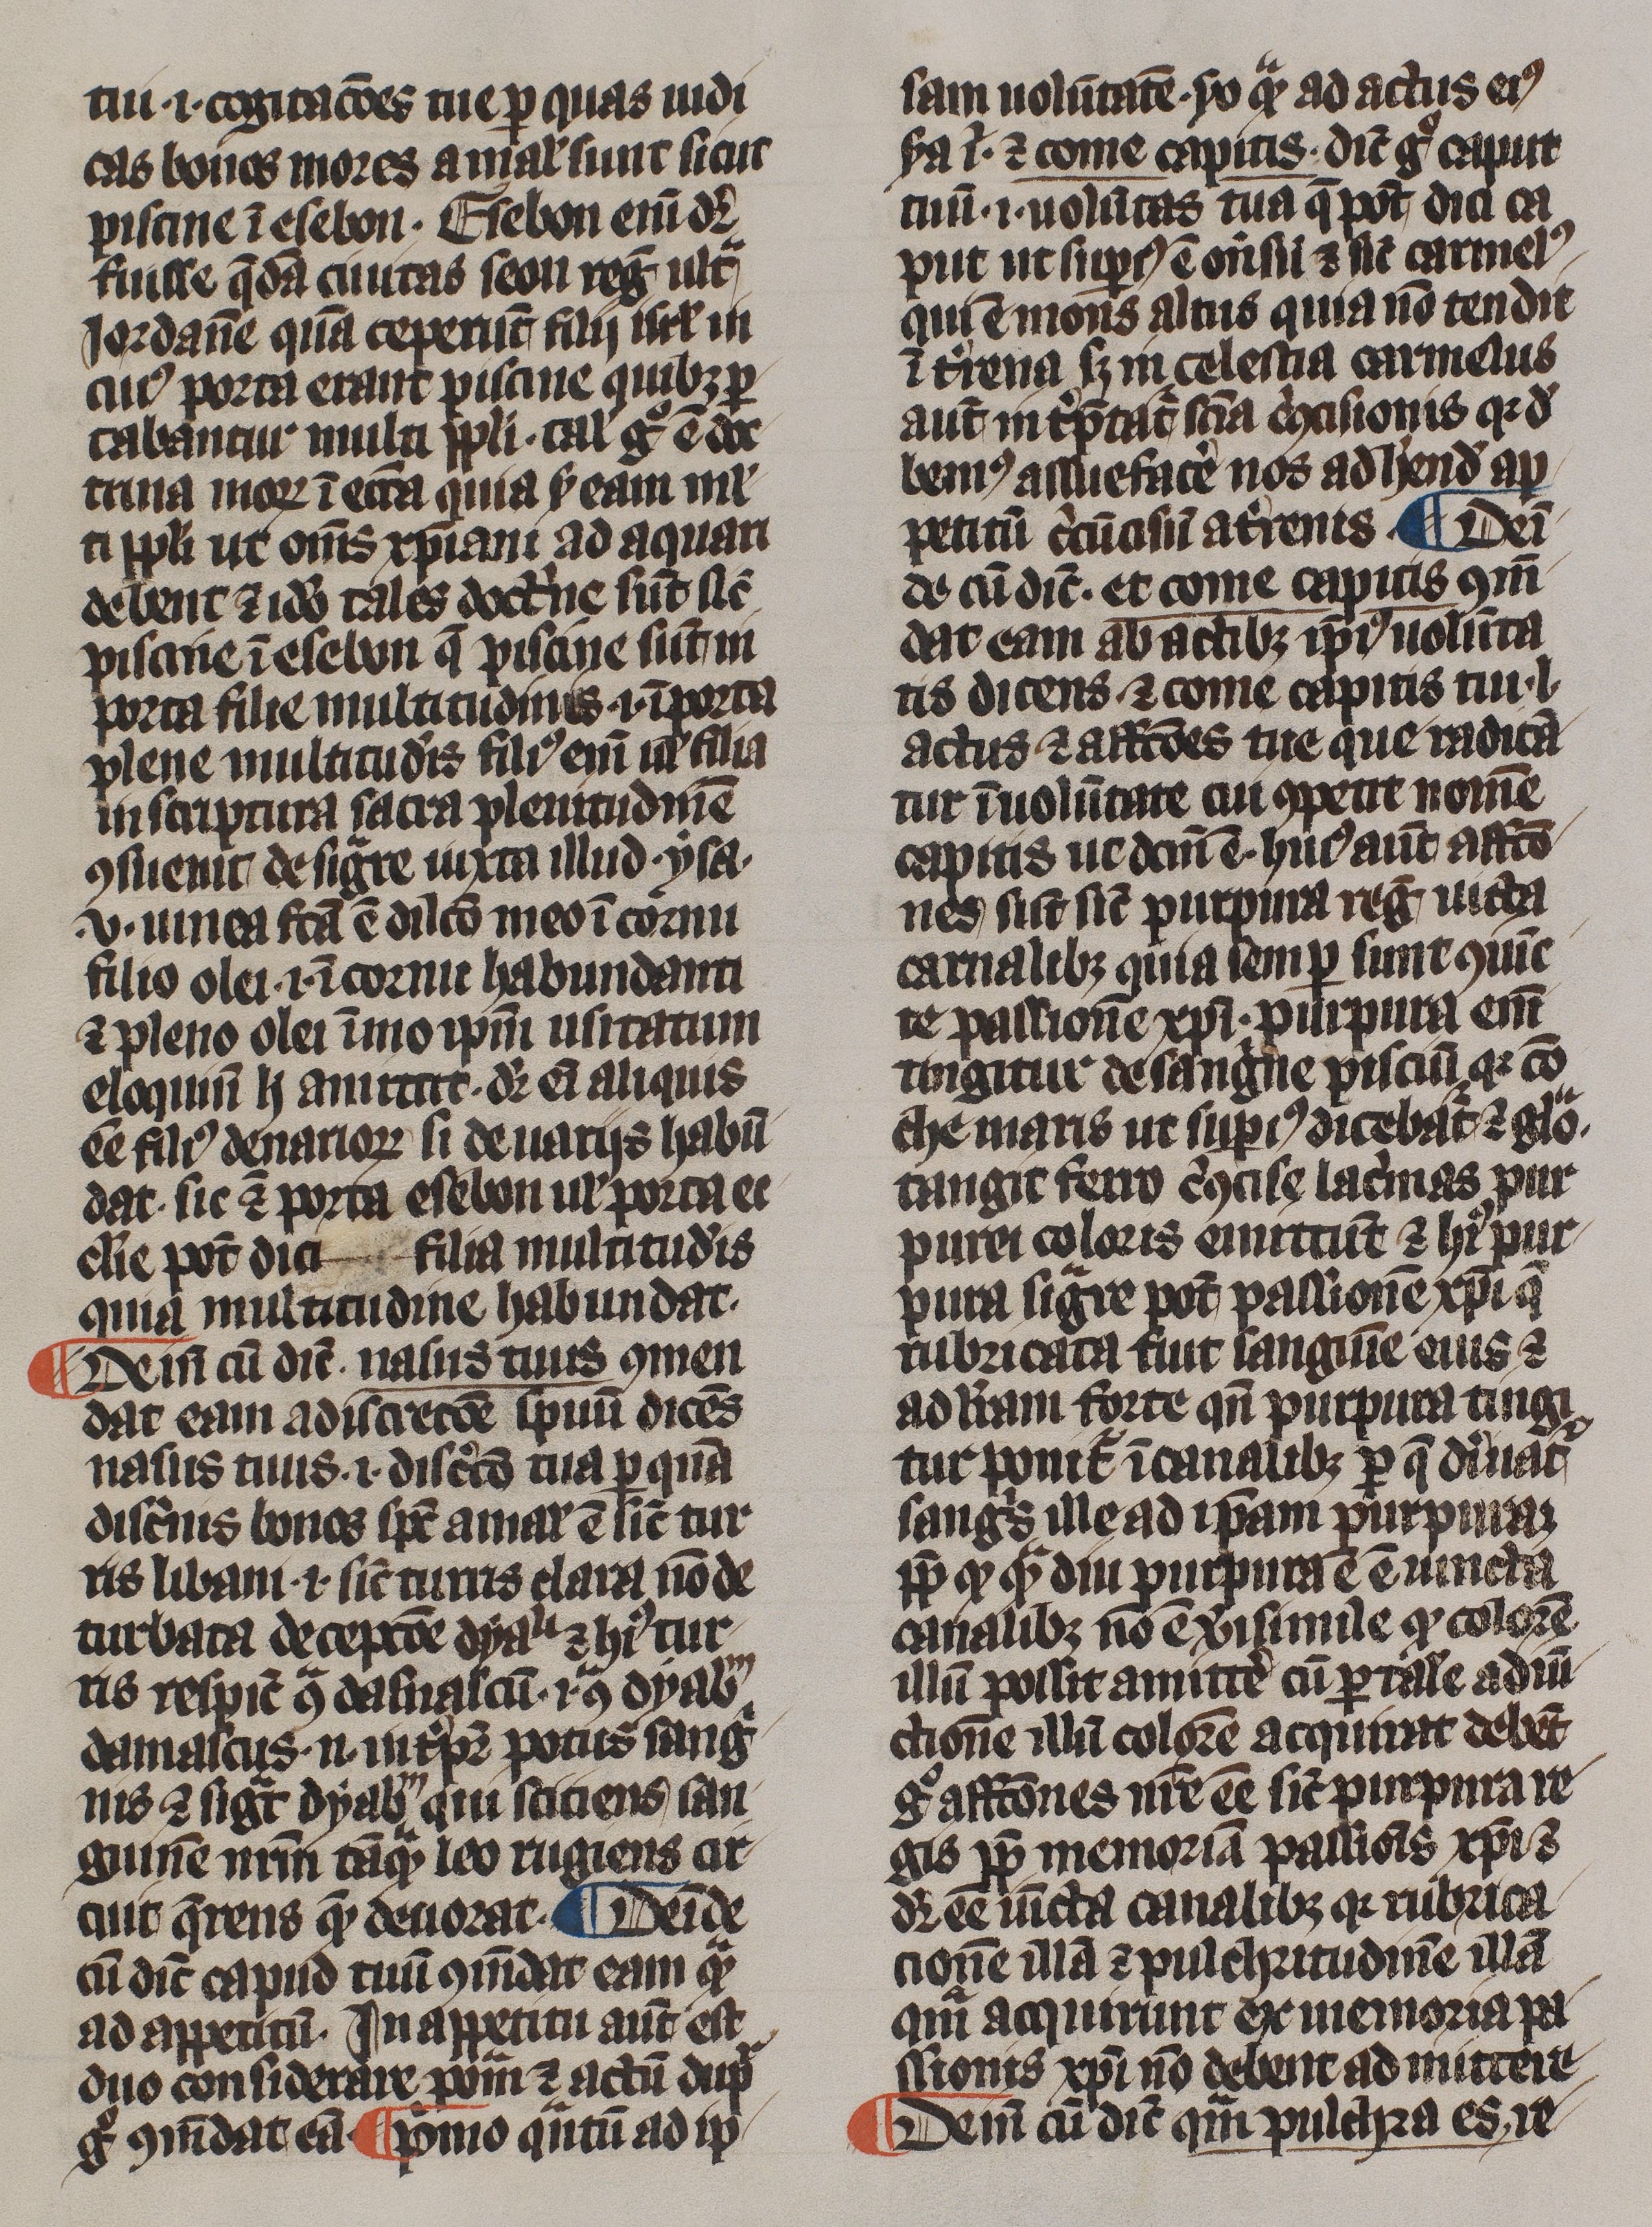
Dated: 1300–1399